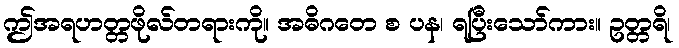
ဤအရဟတ္တဖိုလ်တရားကို။ အဓိဂတေ စ ပန၊ ရပြီးသော်ကား။ ဥတ္တရိ၊